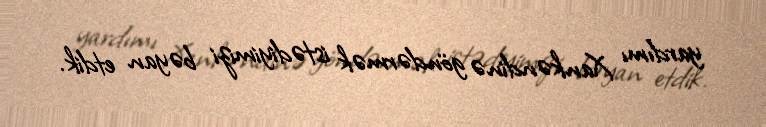
yardımı Xankəndinə göndərmək istədiyimizi bəyan etdik.